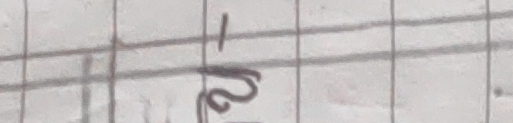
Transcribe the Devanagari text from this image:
१/२